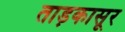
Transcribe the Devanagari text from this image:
ताड़कासूर